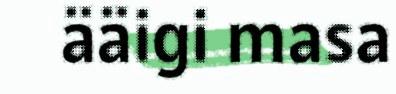
ääigi masa